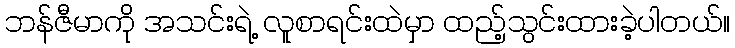
ဘန်ဇီမာကို အသင်းရဲ့ လူစာရင်းထဲမှာ ထည့်သွင်းထားခဲ့ပါတယ်။